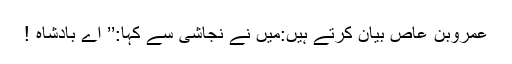
عَمروبن عاصؓ بیان کرتے ہیں:میں نے نجاشی سے کہا:’’ اے بادشاہ !